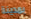
بمدينة